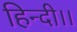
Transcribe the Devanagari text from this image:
हिन्दी।।